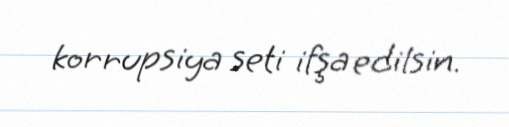
korrupsiya seti ifşa edilsin.